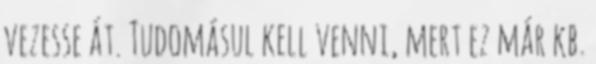
vezesse át. Tudomásul kell venni, mert ez már kb.